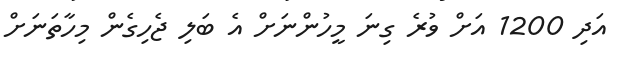
އަދި 1200 އަށް ވުރެ ގިނަ މީހުންނަށް އެ ބަލި ޖެހިގެން މިހާތަނަށް